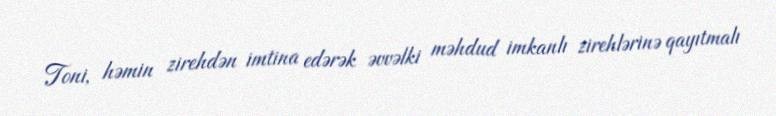
Toni, həmin zirehdən imtina edərək əvvəlki məhdud imkanlı zirehlərinə qayıtmalı